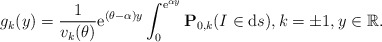
\begin{align*}g_k(y)=\frac{1}{v_k(\theta)}{\rm e}^{(\theta-\alpha) y}\int_0^{{\rm e}^{\alpha y}}\mathbf{P}_{0,k}(I\in {\rm d}s) , k = \pm1, y\in\mathbb{R}.\end{align*}